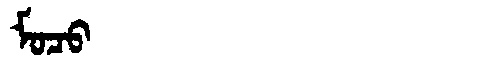
Manchu: ᠮᠣᠴᠣ
Romanization: MOCO